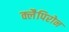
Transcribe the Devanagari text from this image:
क्लैपिरोन